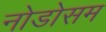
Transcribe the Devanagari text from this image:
नोडोसम